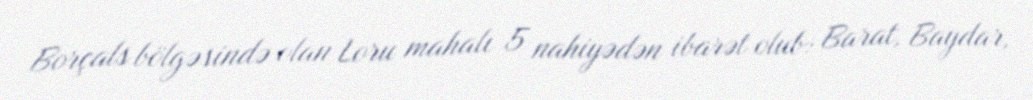
Borçals bölgəsində olan Loru mahalı 5 nahiyədən ibarət olub: Barat, Baydar,